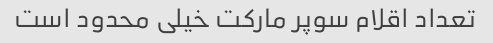
تعداد اقلام سوپر مارکت خیلی محدود است